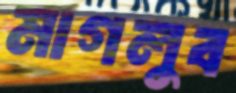
মাগলুব